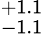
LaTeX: ^{+1.1}_{-1.1}